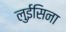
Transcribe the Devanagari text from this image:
लुईसिना